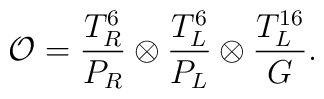
{\cal O}=\frac{T_R^6}{P_R} \otimes \frac{T_L^6}{P_L} \otimes \frac{T_L^{16}}{G}.